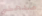
منحني